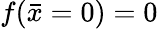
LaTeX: f(\bar{x}=0)=0